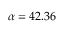
\alpha = 4 2 . 3 6